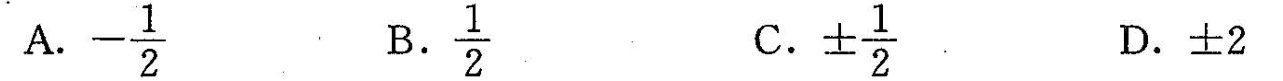
A.- \frac{1}{2} B. \frac{1}{2} C.± \frac{1}{2} D.±2